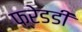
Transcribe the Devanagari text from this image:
फ़्रेडडी